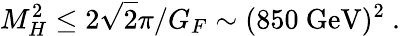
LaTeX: M_{H}^{2}\leq 2\sqrt{2}\pi/G_{F}\sim(850~\mathrm{GeV})^{2}~.